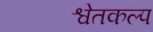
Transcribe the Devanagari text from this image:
श्वेतकल्प